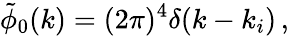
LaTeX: \tilde{\phi}_{0}(k)=(2\pi)^{4}\delta(k-k_{i})\, ,